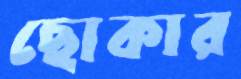
ছোকার